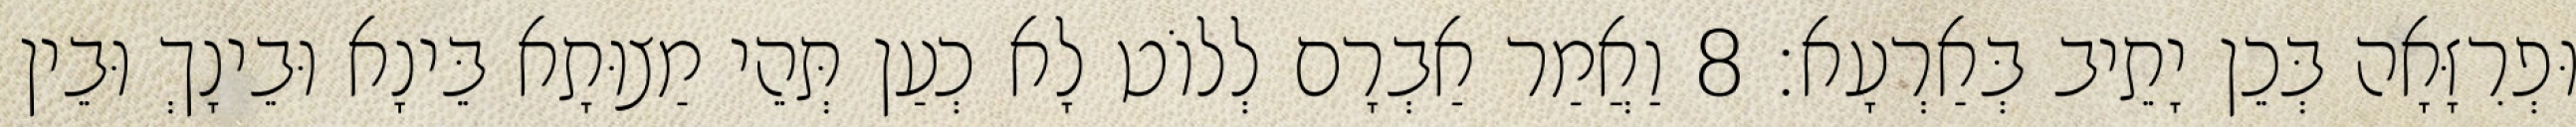
וּפְרִזָּאָה בְּכֵן יָתֵיב בְּאַרְעָא׃ 8 וַאֲמַר אַבְרָם לְלוֹט לָא כְעַן תְּהֵי מַצוּתָא בֵּינָא וּבֵינָךְ וּבֵין